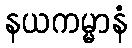
နယကမ္မာနံ